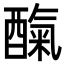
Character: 𮠼